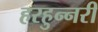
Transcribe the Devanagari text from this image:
हरहुन्‍नरी